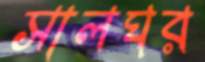
সালঘর